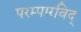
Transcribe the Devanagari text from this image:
परम्पारविद्